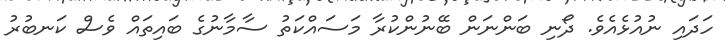
ހަދައި ނުއުޅެއެވެ. ދޯނި ބަންނަން ބޭނުންކުރާ މަސައްކަތު ސާމާނުގެ ބައިތައް ވެސް ކަނބުރު